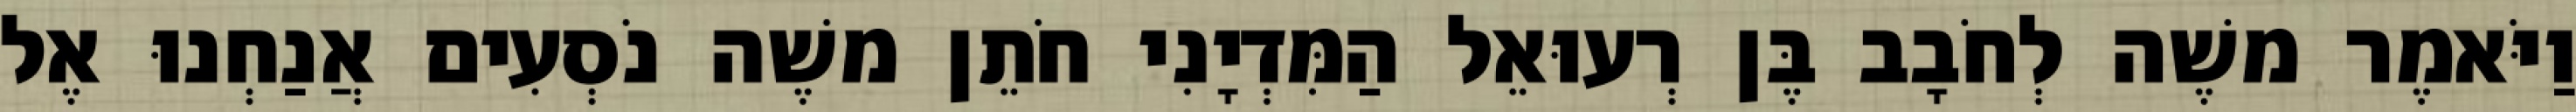
וַיֹּאמֶר משֶׁה לְחֹבָב בֶּן רְעוּאֵל הַמִּדְיָנִי חֹתֵן משֶׁה נֹסְעִים אֲנַחְנוּ אֶל